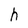
Character: h